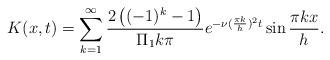
LaTeX: \begin{align*}K(x,t)=\sum_{k=1}^{\infty}\frac{2\left((-1)^k-1\right)}{\Pi_1 k \pi}e^{-\nu(\frac{\pi k}{h})^2t}\sin\frac{\pi k x}{h}.\end{align*}